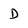
Character: D